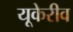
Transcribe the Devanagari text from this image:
यूकेरीव